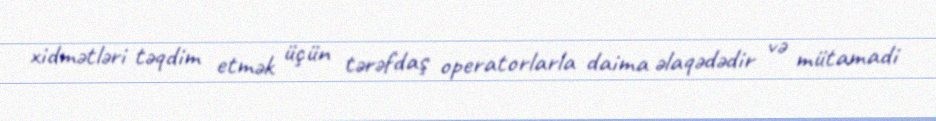
xidmətləri təqdim etmək üçün tərəfdaş operatorlarla daima əlaqədədir və mütamadi